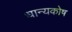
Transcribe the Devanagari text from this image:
धान्यकोष